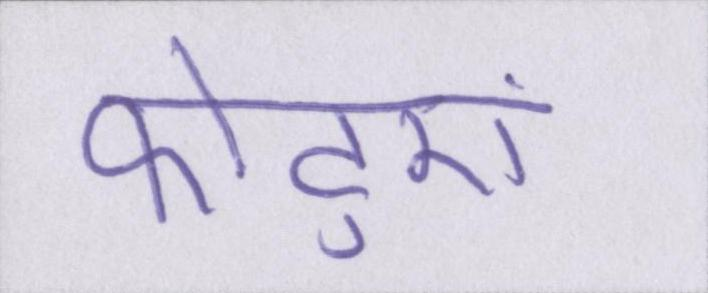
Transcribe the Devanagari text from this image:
फोटुएं